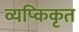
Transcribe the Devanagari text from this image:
व्यप्किकृत